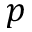
p